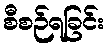
စီစဉ်ရခြင်း